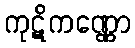
ကုဋိကဏ္ဏော